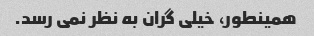
همینطور، خیلی گران به نظر نمی رسد.